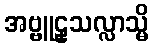
အဗ္ဗူဠှသလ္လာသ္မိ